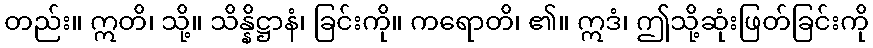
တည်း။ ဣတိ၊ သို့။ သိန္နိဋ္ဌာနံ၊ ခြင်းကို။ ကရောတိ၊ ၏။ ဣဒံ၊ ဤသို့ဆုံးဖြတ်ခြင်းကို